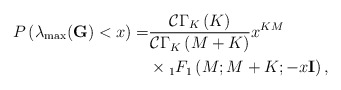
\begin{align*}P\left( \lambda_{\mathrm{max}}(\mathbf{G}) < x \right) = & \frac{\mathcal{C}\Gamma_K \left( K \right)}{\mathcal{C}\Gamma_K \left( M + K \right)} x^{KM} \\ & \times {}_1F_1 \left(M;M + K; - x{\mathbf{I}} \right),\end{align*}